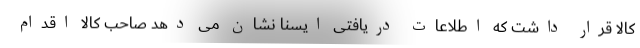
کالا قرار داشت که اطلاعات دریافتی ایسنا نشان می دهد صاحب کالا اقدام